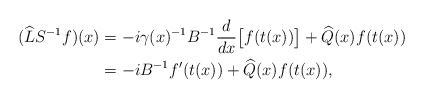
\begin{align*} (\widehat{L} S^{-1} f)(x) &= -i \gamma(x)^{-1} B^{-1} \frac{d}{dx}\bigl[f(t(x))\bigr] + \widehat{Q}(x) f(t(x)) \\ &= -i B^{-1} f'(t(x)) + \widehat{Q}(x) f(t(x)),\end{align*}